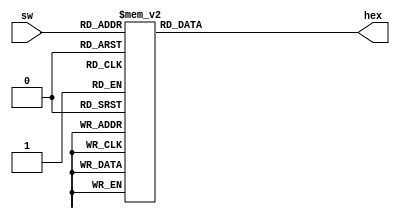
module BCD_7seg(sw, hex);

	input  [3:0] sw;
	output [6:0] hex;

	wire [3:0] BCD;
	reg  [6:0] SEG;

	assign BCD = sw;
	assign hex = SEG;

	always @(BCD)
	begin
	case (BCD)
		 4'b0001 : SEG = 7'b1111001;   //1
		 4'b0010 : SEG = 7'b0100100;   //2
		 4'b0011 : SEG = 7'b0110000;   //3
		 4'b0100 : SEG = 7'b0011001;   //4
		 4'b0101 : SEG = 7'b0010010;   //5
		 4'b0110 : SEG = 7'b0000010;   //6
		 4'b0111 : SEG = 7'b1111000;   //7
		 4'b1000 : SEG = 7'b0000000;   //8
		 4'b1001 : SEG = 7'b0010000;   //9
		 4'b1111 : SEG = 7'b0111111;	 //-
		 4'b1110 : SEG = 7'b1111111;	 //-
		 default : SEG = 7'b1000000;   //0
	 endcase
	end
 
endmodule